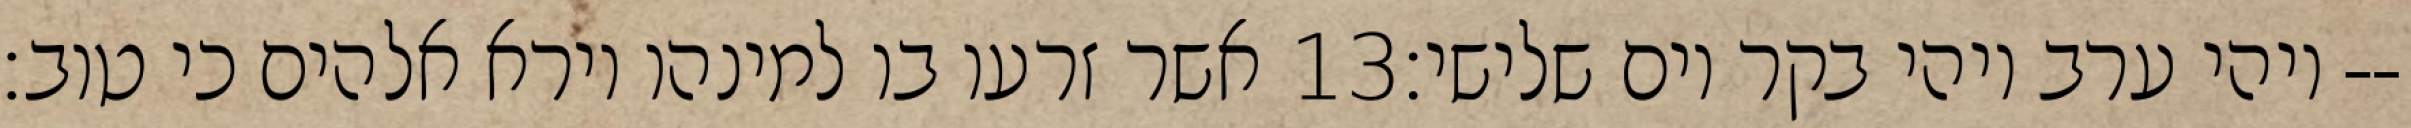
אשר זרעו בו למינהו וירא אלהים כי טוב׃ ‎13‏ ויהי ערב ויהי בקר יום שלישי׃--